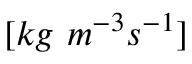
[ k g \ m ^ { - 3 } s ^ { - 1 } ]